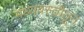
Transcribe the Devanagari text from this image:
मध्यवस्तीतून